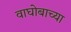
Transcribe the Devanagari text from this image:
वाघोबाच्या